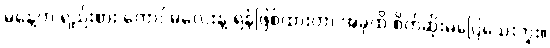
မနေ့က ရည်းစား ကောင်မလေးနဲ့ ရန်ဖြစ်ထားတာ အခုထိ စိတ်ဆိုးမပြေသေးဘူး။